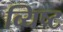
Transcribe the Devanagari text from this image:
व्यिष्ट